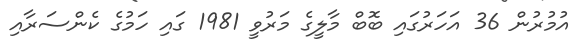
އުމުރުން 36 އަހަރުގައި ބޮބް މާލީގެ މަރުވީ 1981 ގައި ހަމުގެ ކެންސަރާއި